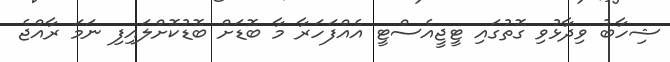
ޝިހާބު ވިދާޅުވި ގޮތުގައި ޓީޖީއެސްޓީ އެއްފަަހަރާ މާ ބޮޑަށް ބޮޑުކޮށްލައިފި ނަމަ ރާއްޖެ